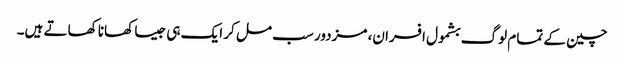
چین کے تمام لوگ بشمول افسران، مزدور سب مل کر ایک ہی جیسا کھانا کھاتے ہیں۔